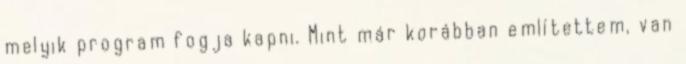
melyik program fogja kapni. Mint már korábban említettem, van